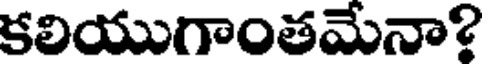
కలియుగాంతమేనా?